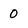
Character: 0